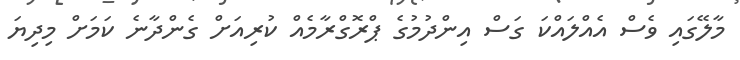
މާލޭގައި ވެސް އެއްލައްކަ ގަސް އިންދުމުގެ ޕްރޮގްރާމެއް ކުރިއަށް ގެންދާނެ ކަމަށް މިދިޔަ